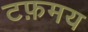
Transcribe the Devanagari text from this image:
टफ़मय